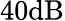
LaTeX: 40\textrm{dB}